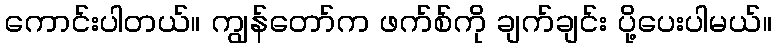
ကောင်းပါတယ်။ ကျွန်တော်က ဖက်စ်ကို ချက်ချင်း ပို့ပေးပါမယ်။